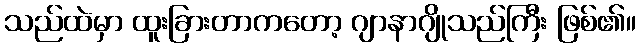
သည်ထဲမှာ ထူးခြားတာကတော့ ဂျာနာဂျိုသည်ကြီး ဖြစ်၏။